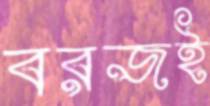
বরজই